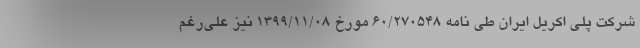
شرکت پلی اکریل ایران طی نامه ۶۰/۲۷۰۵۴۸ مورخ ۱۳۹۹/۱۱/۰۸ نیز علی‌رغم